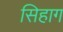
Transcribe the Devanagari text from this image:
सिहाग